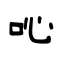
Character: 吣